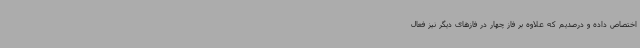
اختصاص داده و درصدیم که علاوه بر فاز چهار در فازهای دیگر نیز فعال